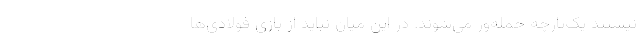
نیستند یک‌پارچه حمله‌ور می‌شوند. در این میان نباید از بازی فولادی‌ها